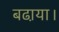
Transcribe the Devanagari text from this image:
बढा़या।